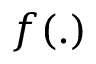
f ( . )